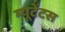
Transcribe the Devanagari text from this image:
म्यूटेंटस